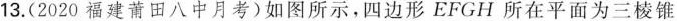
13.(2020福建莆田八中月考)如图所示，四边形EFGH所在平面为三棱锥